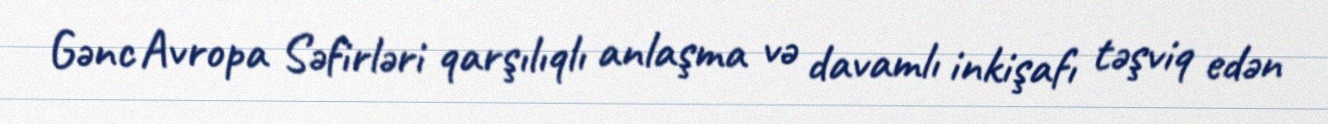
Gənc Avropa Səfirləri qarşılıqlı anlaşma və davamlı inkişafı təşviq edən